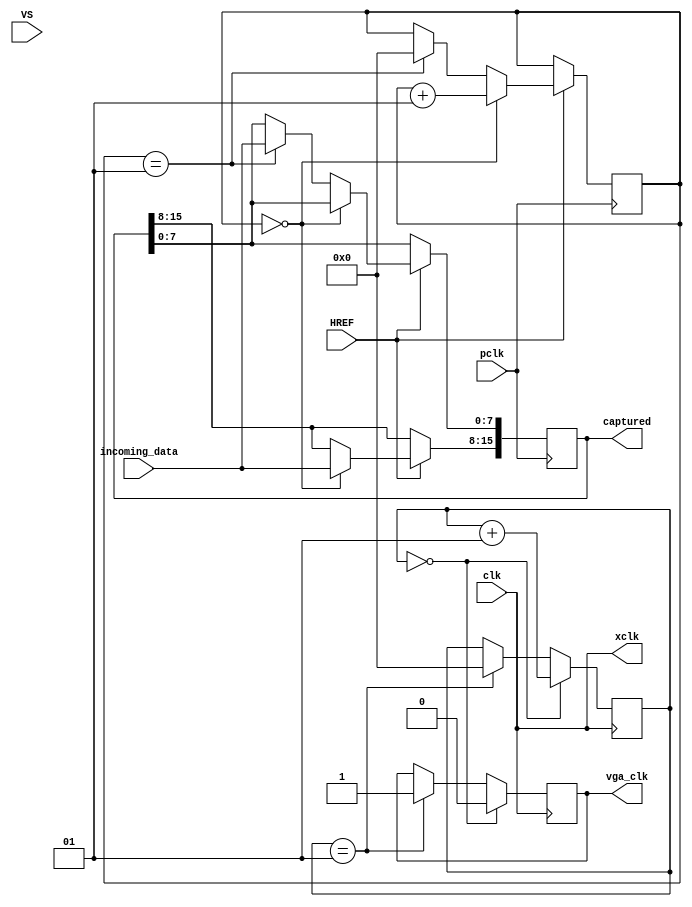
module xclk(clk,HREF,VS,incoming_data,xclk,pclk,captured,vga_clk);
		
		input clk;
		input wire HREF,VS,pclk;
		
		output reg vga_clk;
		
		input [7:0] incoming_data;
		output reg [15:0] captured ;
		
		output wire xclk;

		integer publish=0;
		integer clock_counter=0;
		

		assign xclk=clk;

		
		always@(posedge xclk)
		begin
				if(clock_counter==0)
				begin
						clock_counter<=clock_counter+1;
						vga_clk<=0;
				end
				
				else if(clock_counter==1)
				begin
						clock_counter<=0;
						vga_clk<=1;
				
				end
		
		
		end

			always@(posedge pclk)
				begin		
		
						if(HREF==1)
						begin
								if(publish==0)
								begin
								
										captured[15:8]<=incoming_data[7:0];
										publish <= publish + 1;
										
										
								end
								else if(publish==1)
								begin
										captured[7:0]<=incoming_data[7:0];
										publish=0;

								end
				end
		end
		
		endmodule